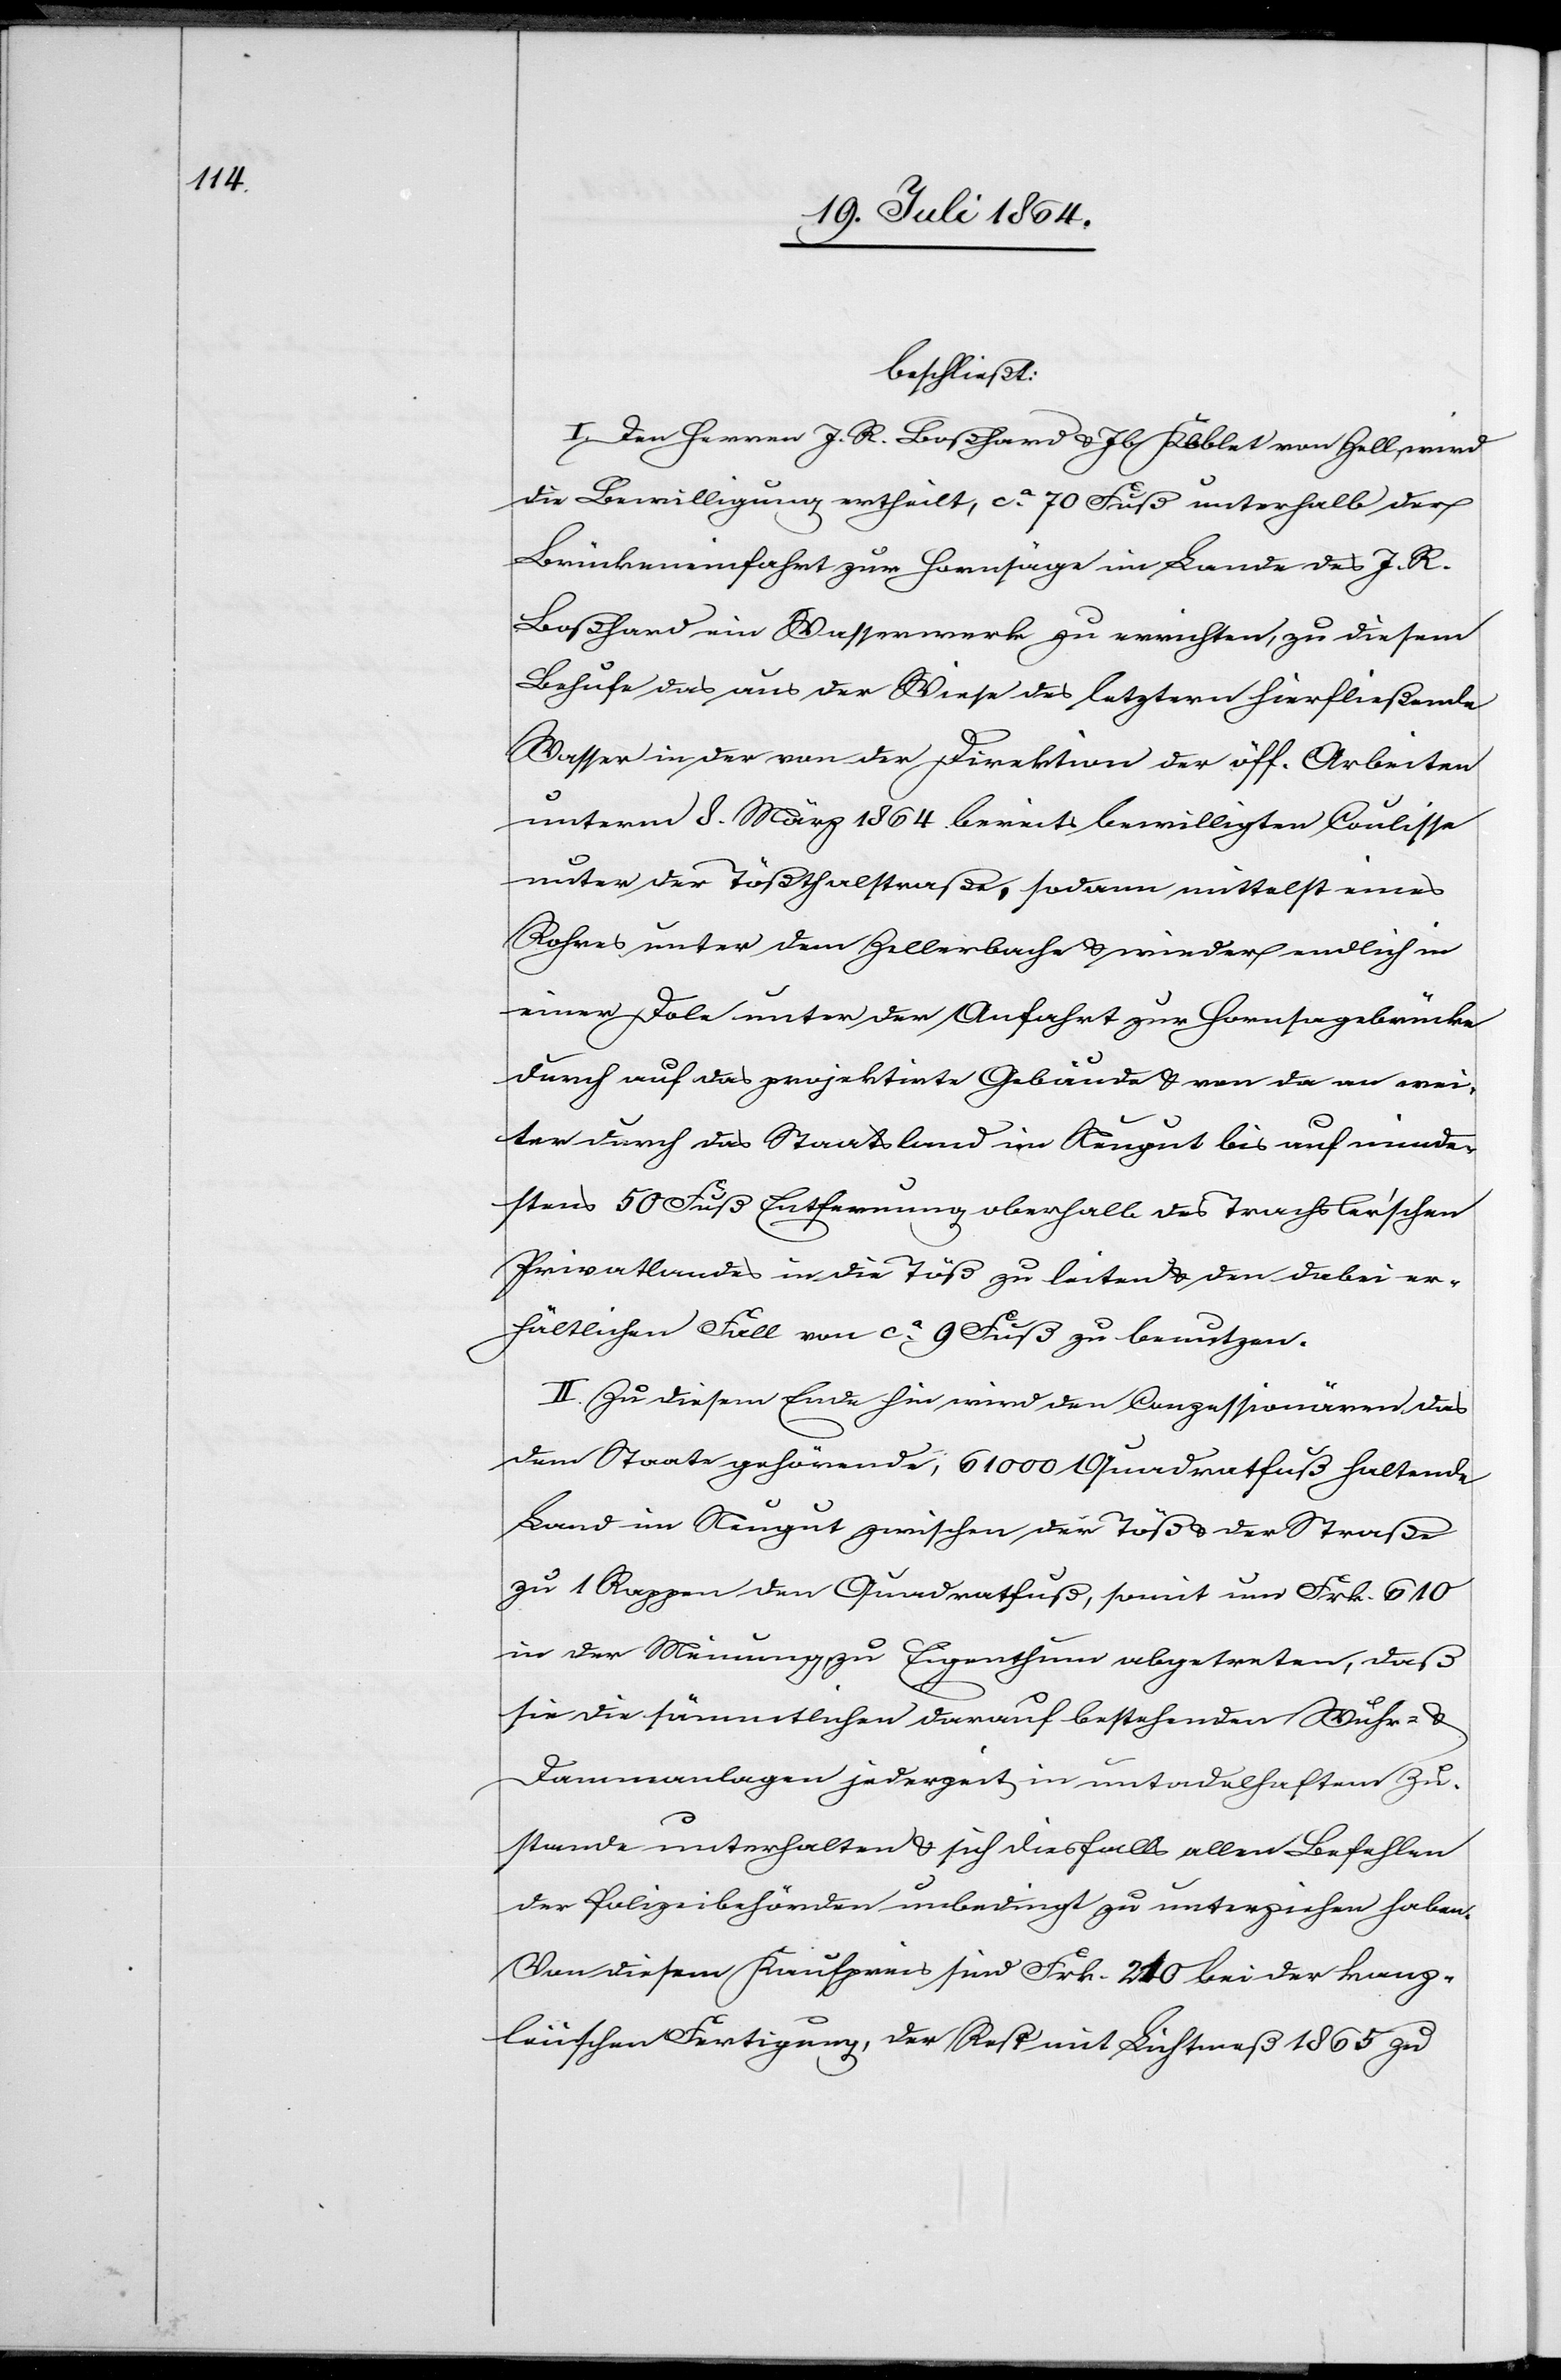
beschließt:
I. Dem Herren J. K. Boßhard u. Jb Koblet von Zell wird
die Bewilligung ertheilt, ca 70 Fuß unterhalb der
Brückeneinfahrt zur Hornsäge im Lande des J. R.
Boßhard ein Wasserwerk zu errichten, zu diesem
Behufe das aus der Wiese des letztern hierfließende
Wasser in der von der Direktion der öff. Arbeiten
unterm 8. März 1864 bereits bewilligten Coulisse
unter der Tößthalstraße, sodann mittelst eines
Rohres unter dem Zellerbache u. wieder endlich in
einer Dole unter der Anfahrt zur Hornsagebrücke
durch auf das projektirte Gebäude u. von da an wei¬
ter durch das Staatsland im Neugut bis auf minde¬
stens 50 Fuß Entfernung oberhalb des Trachsler’schen
Privatlandes in die Töß zu leiten u. den dabei er¬
hältlichen Fall von ca 9 Fuß zu benutzen.
II. Zu diesem Ende hin wird den Conzessionären das
dem Staate gehörende, 61 000 Quadratfuß haltende
Land im Neugut zwischen der Töß u. der Straße
zu 1 Rappen den Quadratfuß, somit um Frk. 610
in der Meinung zu Eigenthum abgetreten, daß
sie die sämmtlichen darauf bestehenden Wuhr- u.
Dammanlagen jederzeit in untadelhaftem Zu¬
stande unterhalten u. sich diesfalls allen Befehlen
der Polizeibehörden unbedingt zu unterziehen haben.
Von diesem Kaufpreis sind Frk. 210 bei der kanz¬
leiischen Fertigung, der Rest mit Lichtmeß 1865 zu